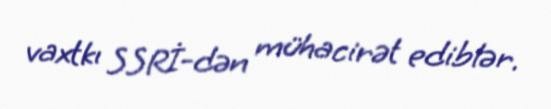
vaxtkı SSRİ-dən mühacirət ediblər.